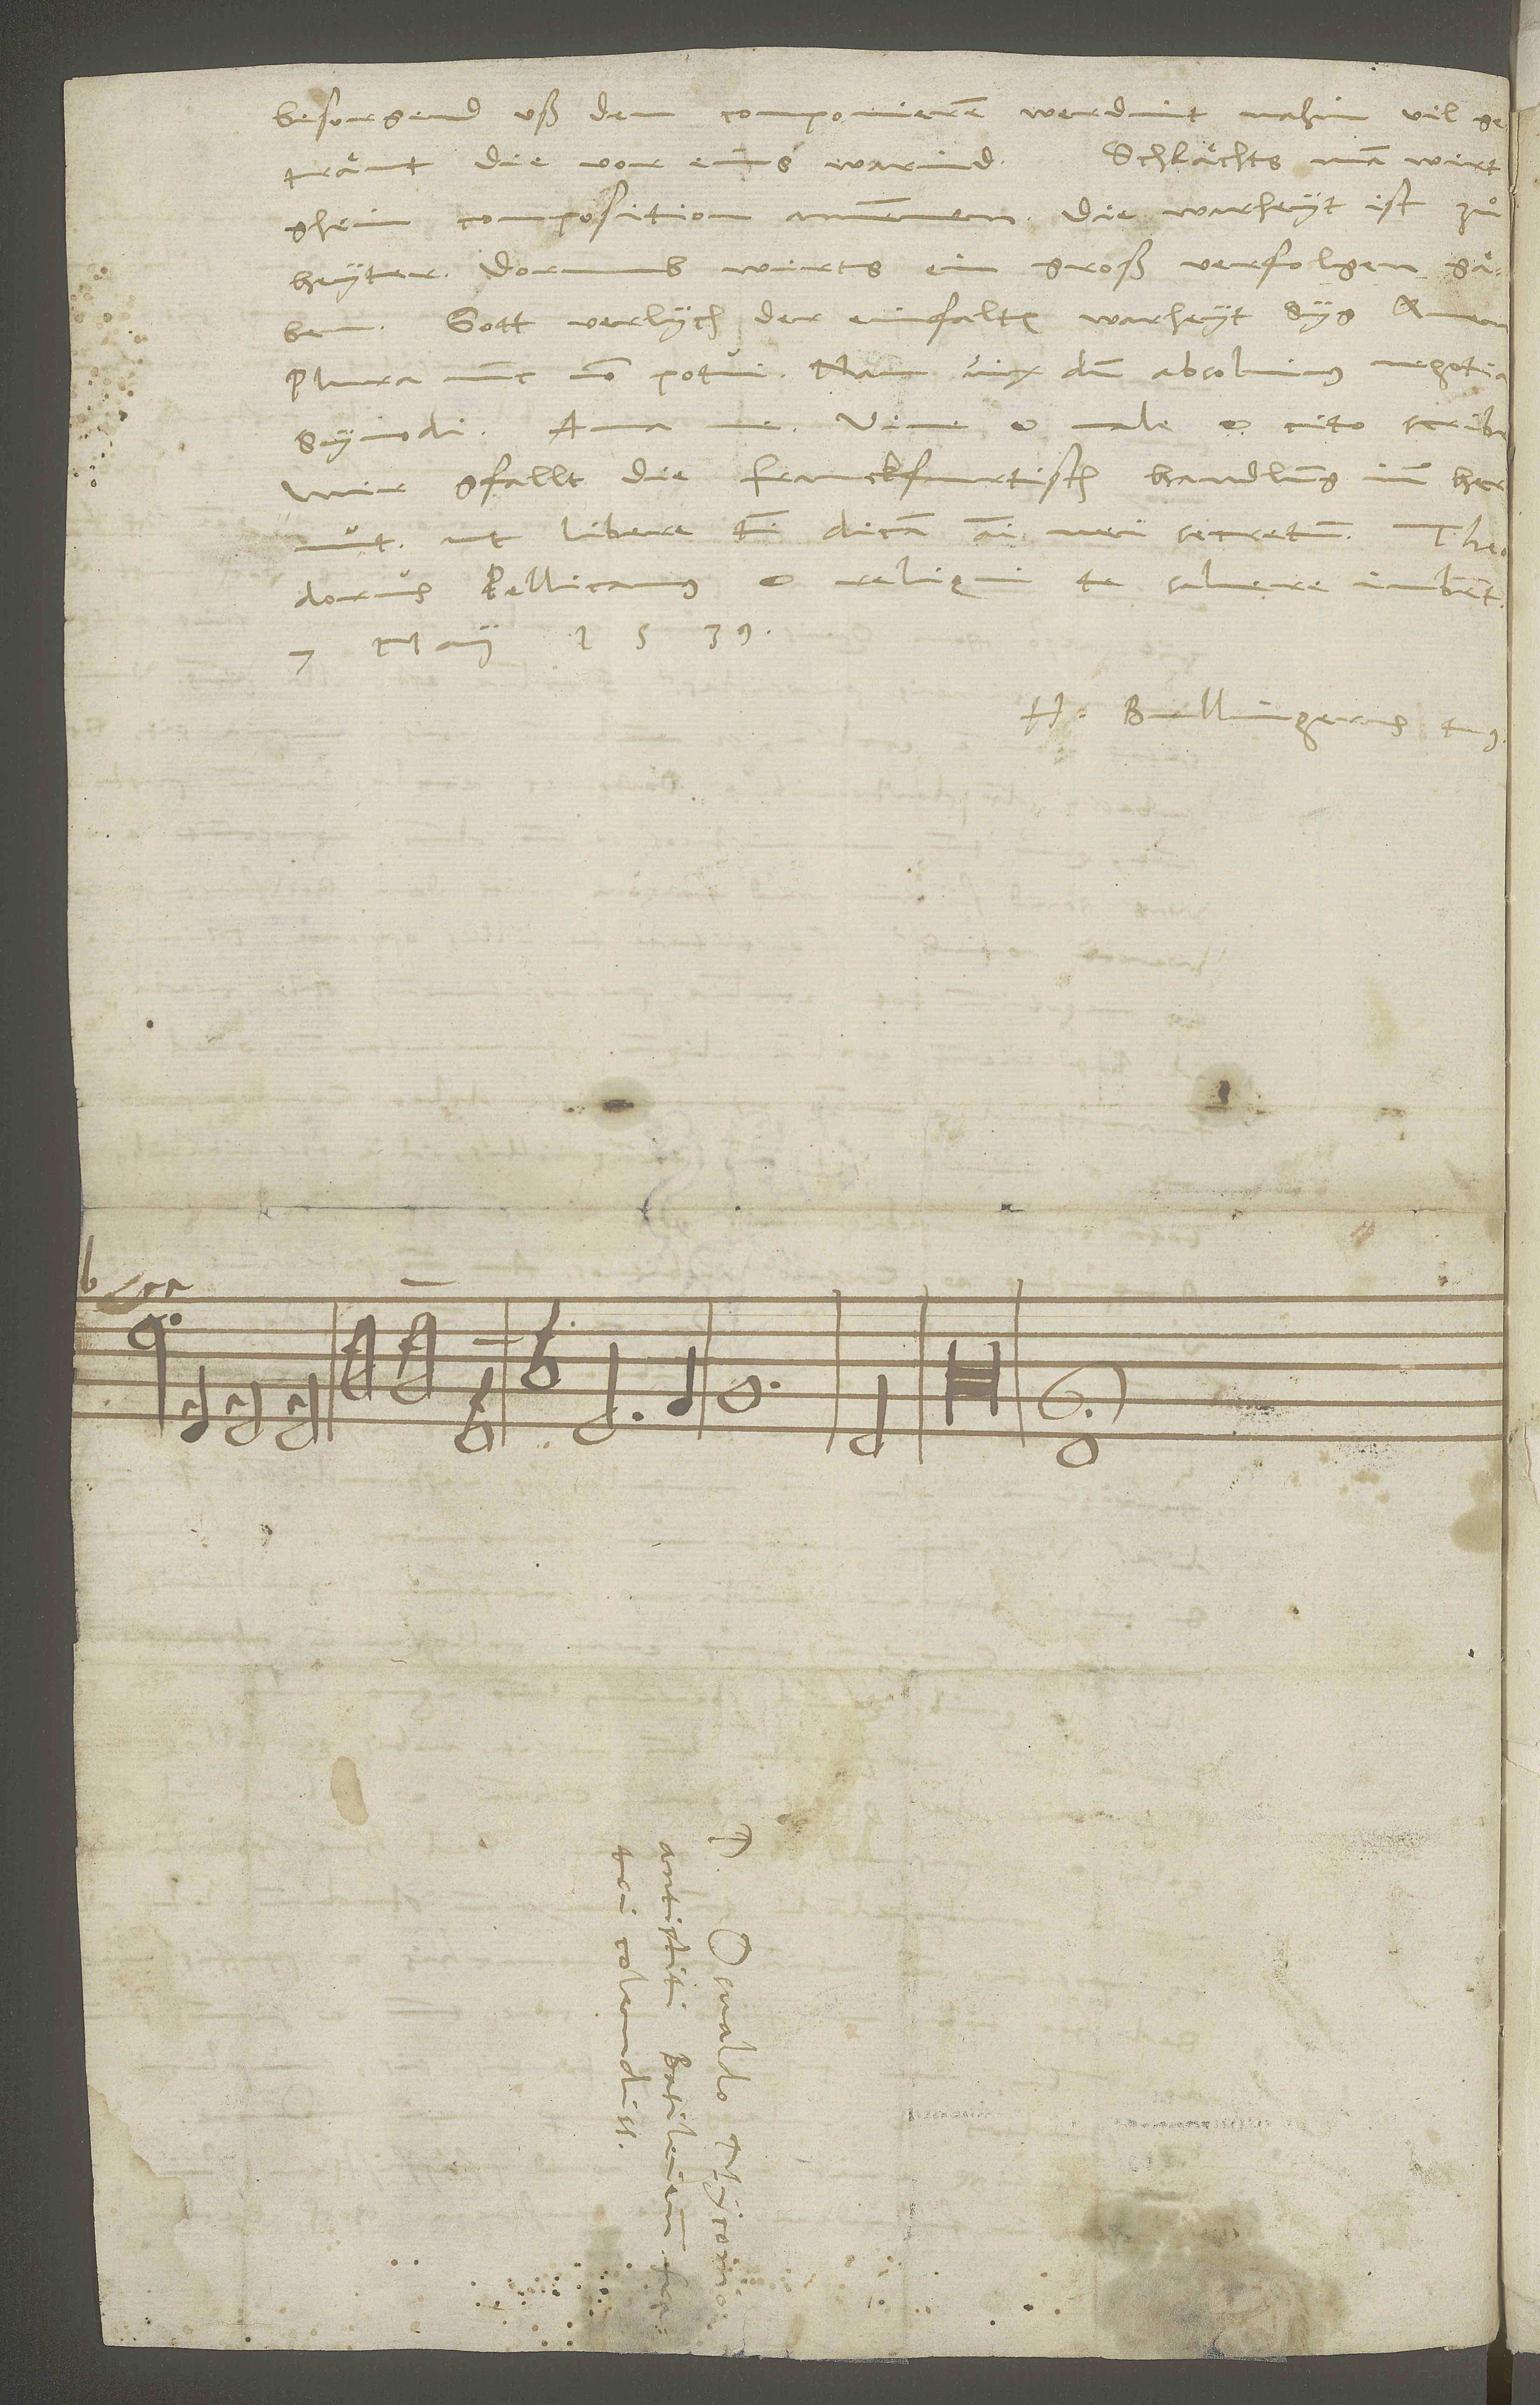
besorgend, uß dem componieren werdint nahin vil
getränt, die vor eins warind. Schlächts, man wird
composition annemmen. Die warheyt ist zuͦ
ghein
heyter. Dorumb wirts ein groß verfolgen gäben.
Gott verlych der einfalten wahrheyt syg. Amen.
Plura nunc non potui. Nam vixdum absolvimus negotia
synodi. Ama me. Vive et vale et cito scribe.
gfallt die Franckfurtisch handlung imm hertzen
Pellicanus et reliqui te salvere iubent.
7. maii 1539.
H. Bullingerus tuus.